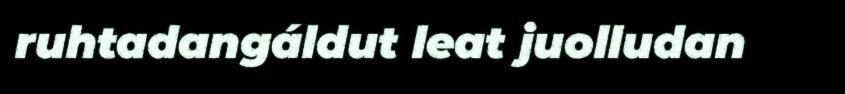
ruhtadangáldut leat juolludan